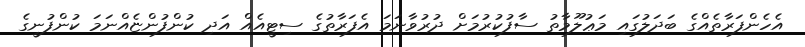
އެހެންފަރާތެއްގެ ބަދަލުގައި މަޢުލޫމާތު ސާފުކުރުމަށް ދުރުވާނަމަ އެފަރާތުގެ ސިޓީއެއް އަދި ކުންފުންޏެއްނަމަ ކުންފުނީގެ